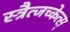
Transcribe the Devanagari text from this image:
स्त्रैत्जच्केत्स्